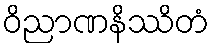
ဝိညာဏနိဿိတံ